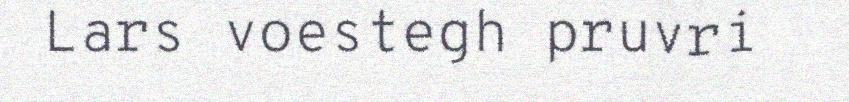
Lars voestegh pruvri